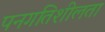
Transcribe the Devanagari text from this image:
पनगतिशीलता